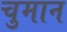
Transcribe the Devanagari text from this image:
चुमान